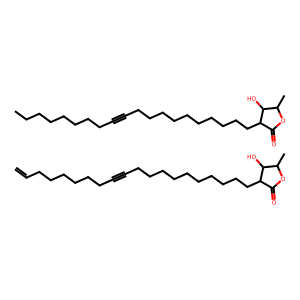
SMILES: C=CCCCCCCC#CCCCCCCCCCCC1C(=O)OC(C)C1O.CCCCCCCCC#CCCCCCCCCCCC1C(=O)OC(C)C1O
Inhibits HIV replication: No